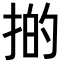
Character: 𢯊